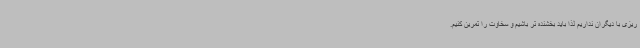
ریزی با دیگران نداریم لذا باید بخشنده تر باشیم و سخاوت را تمرین کنیم.